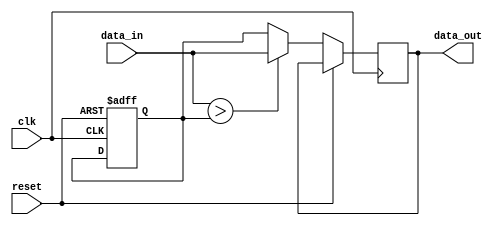
module ParameterFocusedInitialization #(
    parameter SIZE = 8,               // Default size parameter
    parameter THRESHOLD = 128,        // Default threshold parameter
    parameter MODE = 0                 // Default mode parameter (0 or 1)
)(
    input wire clk,                   // Clock input
    input wire reset,                 // Reset input
    input wire [SIZE-1:0] data_in,   // Data input
    output reg [SIZE-1:0] data_out    // Data output
);

    // Internal variable declaration
    reg [SIZE-1:0] internal_var;

    // Initialization block
    initial begin
        // Conditional initialization based on parameters
        if (MODE == 0) begin
            internal_var = THRESHOLD;  // Set to threshold in mode 0
        end else begin
            internal_var = 0;           // Set to 0 in mode 1
        end
    end

    // Always block for behavioral logic
    always @(posedge clk or posedge reset) begin
        if (reset) begin
            // Reset internal variable based on parameters
            if (MODE == 0) begin
                internal_var <= THRESHOLD; // Reset to threshold
            end else begin
                internal_var <= 0;          // Reset to 0
            end
        end else begin
            // Example behavior: process data and update output
            if (data_in > internal_var) begin
                data_out <= data_in;       // Forward data if above threshold
            end else begin
                data_out <= internal_var;   // Otherwise, output internal variable
            end
        end
    end

endmodule